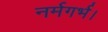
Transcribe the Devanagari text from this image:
नर्मगर्भ।